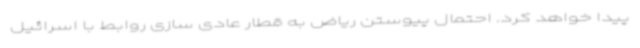
پیدا خواهد کرد. احتمال پیوستن ریاض به قطار عادی سازی روابط با اسرائیل